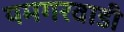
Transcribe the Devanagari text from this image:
यमगरवाडी